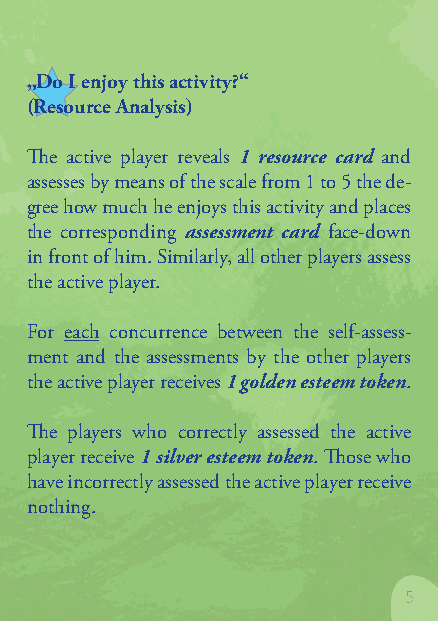
„Do I enjoy this activity?“
 (Resource analysis)
 The active player reveals 1 resource card and
 assesses by means of the scale from 1 to 5 the de-
 gree how much he enjoys this activity and places
 the corresponding assessment card face-down
 in front of him. Similarly, all other players assess
 the active player.
 For each concurrence between the self-assess-
 ment and the assessments by the other players
 the active player receives 1 golden esteem token.
 The players who correctly assessed the active
 player receive 1 silver esteem token. Those who
 have incorrectly assessed the active player receive
 nothing.